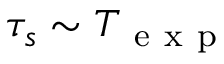
\tau _ { s } \sim T _ { \mathrm { ~ e ~ x ~ p ~ } }